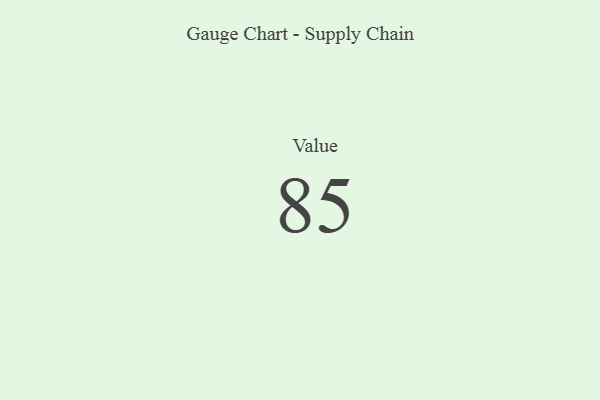
{"axis": {"x": "Metric", "y": "Value"}, "legend": [""], "data": [{"x": "Value", "y": 85, "type": ""}]}